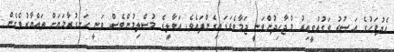
އެދުވަހުގެ ޢަޞުރު ވަގުތުވީއިރު މުޖާހިދުންވަނީ ޖަމާވެވަޑައިގެންފައެވެ. ޢަވާލީގެ މުސްލިމުންވެސް ވަނީ ހަނގުރާމަޔަށް ތައްޔާރުވެގެން